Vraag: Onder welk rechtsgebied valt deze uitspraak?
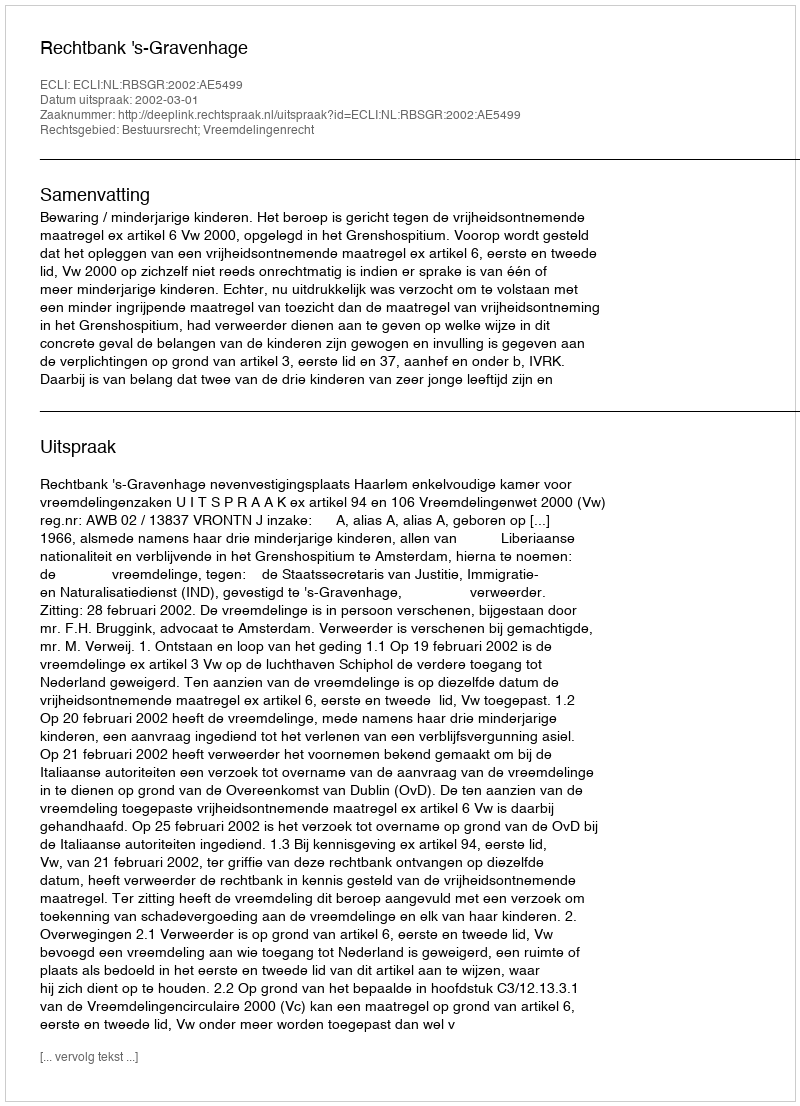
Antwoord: Bestuursrecht; Vreemdelingenrecht